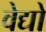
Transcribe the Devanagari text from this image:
वेद्यो